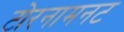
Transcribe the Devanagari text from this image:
टोरनामनट